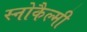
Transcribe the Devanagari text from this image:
स्नोकैल्मी